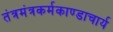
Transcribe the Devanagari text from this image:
तंत्रमंत्रकर्मकाण्डाचार्य